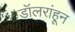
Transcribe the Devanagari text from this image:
डॉलरांहून